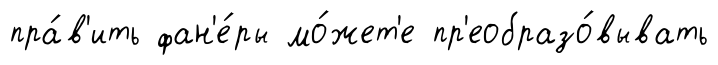
пра́в'ить фан'е́ры мо́жет'е пр'еобразо́вывать